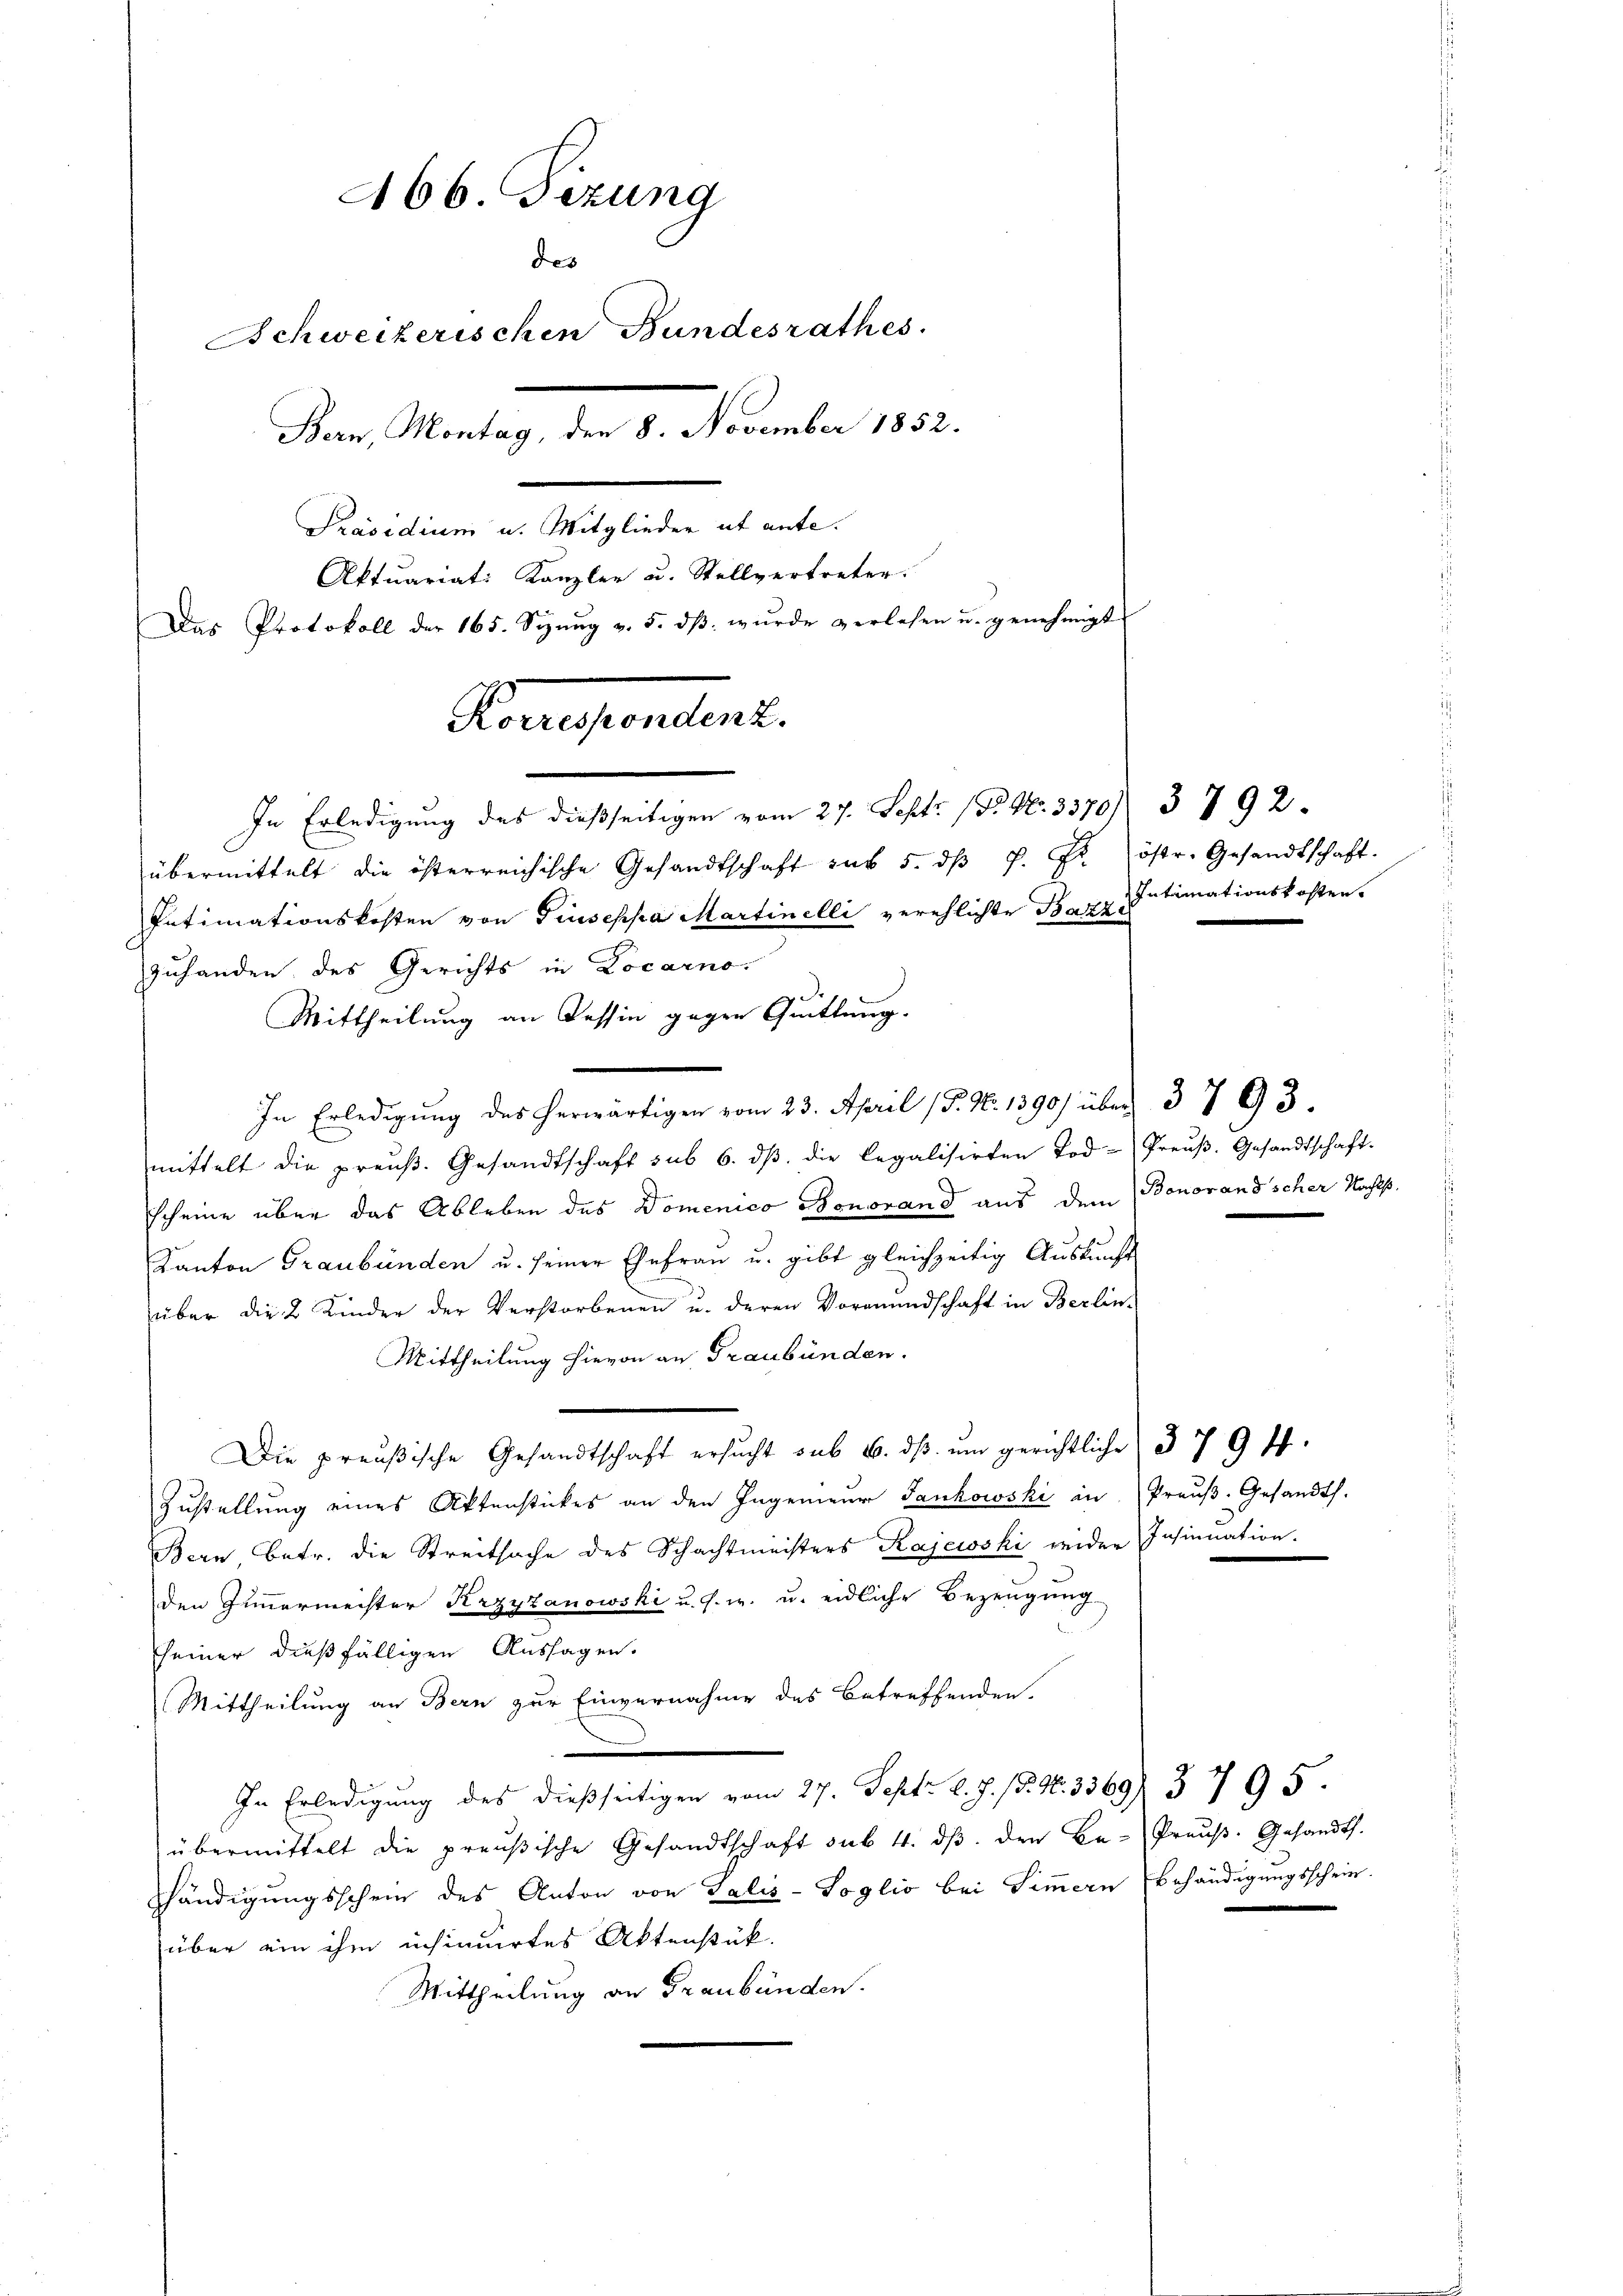
A66. Fezung
des
Schweizerischen Bundesrathes.
Bern, Montag, den 8. November 1852.
Präsidium u. Mitglieder ab ante.
Aktuariat: Kanzler u. Stellvertreter.
Das Protokoll der 165. Seŭng v. 5. dβ. wŭrde verlesen u. genehmigt
Kriegentend.

übermittelt die österreichische Gesandtschaft aus 5. dβ P. Fr. östr. Gesandtschaft.
Intimationskosten von Giuseppa Martinelli verehlichte Banz Intimationskosten.
zuhanden des Gerichts in Locarno.
Mittheilung an Tessin gegen Quittung.
In Erledigung des herwärtigen vom 23. April (T. N. 1390) über 3793.
mittelt die preŭβ. Gesandtschaft sub 6. dβ die legalisirten Tod-Preŭβ. Gesandtschaft.
scheine über das Ableben des Domenico Bonorand aus dem Bonoranscher Nachts¬
Kanton Graubünden u. seiner Ehefrau u. gibt gleichzeitig Auskunft
über die 2 Kinder der Verstorbenen u. deren Vormundschaft in Berlin-
Mittheilung hievon an Graubünden.
Die preußische Gesandtschaft ersŭcht sub 6. dβ ŭm gerichtliche 379 ff.
Zustellung eines Aktenstückes an den Ingenieŭr Jankowski in Preŭβ-Gesandt.
Bern Betr. die Streitsache des Schachtmeisters Kajewski weider Insinuation.
den Zimmermeister Arzyzanowski u. s. w. u. eidliche Bezeugung
seiner dießfälligen Aussagen.
Mittheilung an Bern zur Einvernahme des Betreffenden.
In Erledigung des dießseitigen vom 27. Sept. l. J. P. Nr. 3369) 3 795.
übermittelt die preußische Gesandtschaft sub. 4. dβ. den Be-Präŭβ- Gesandts.
shändigungsschein des Anton von Talis-Soglio bei Simmern behändigungsschein.
über ein ihm insinuirtes Aktenstük.
Mittheilung an Graubünden.

In Erledigung des dießseitigen vom 27. Sept. (T. N. 3370) 3 792.